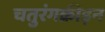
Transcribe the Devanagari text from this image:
चतुरंगक्रीड़न